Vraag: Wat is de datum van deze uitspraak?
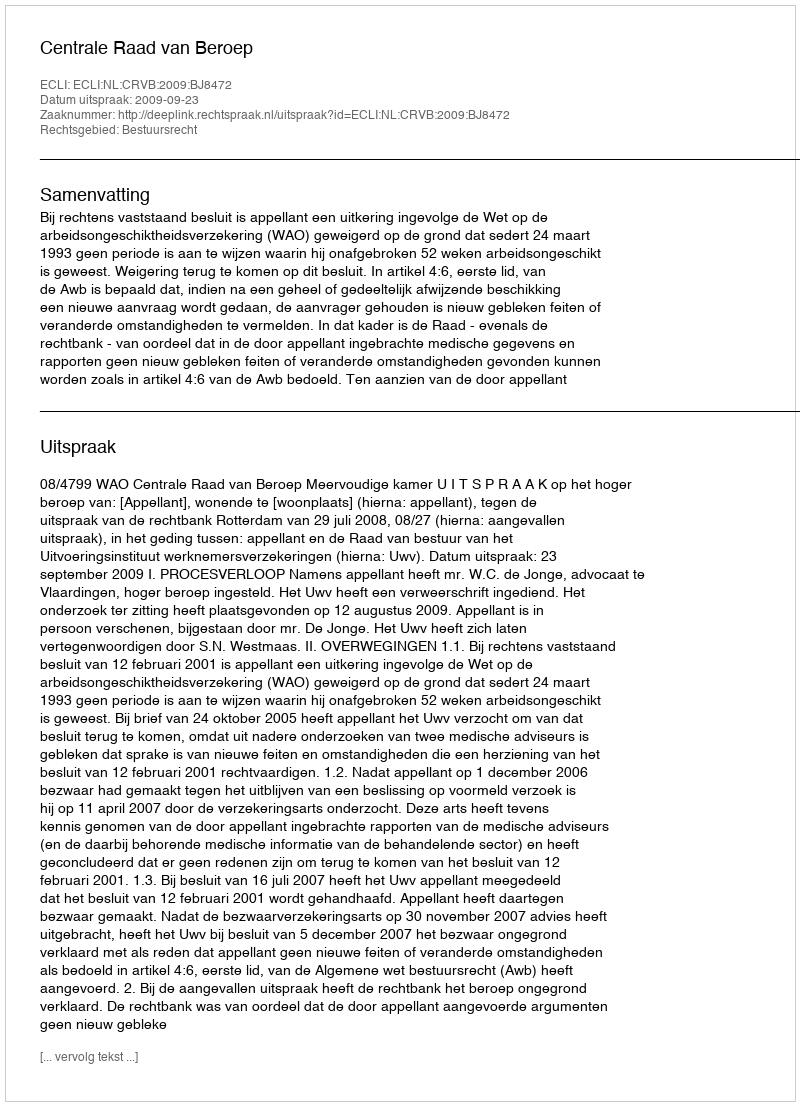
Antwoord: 2009-09-23